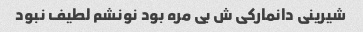
شیرینی دانمارکی ش بی مره بود نونشم لطیف نبود